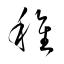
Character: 稚